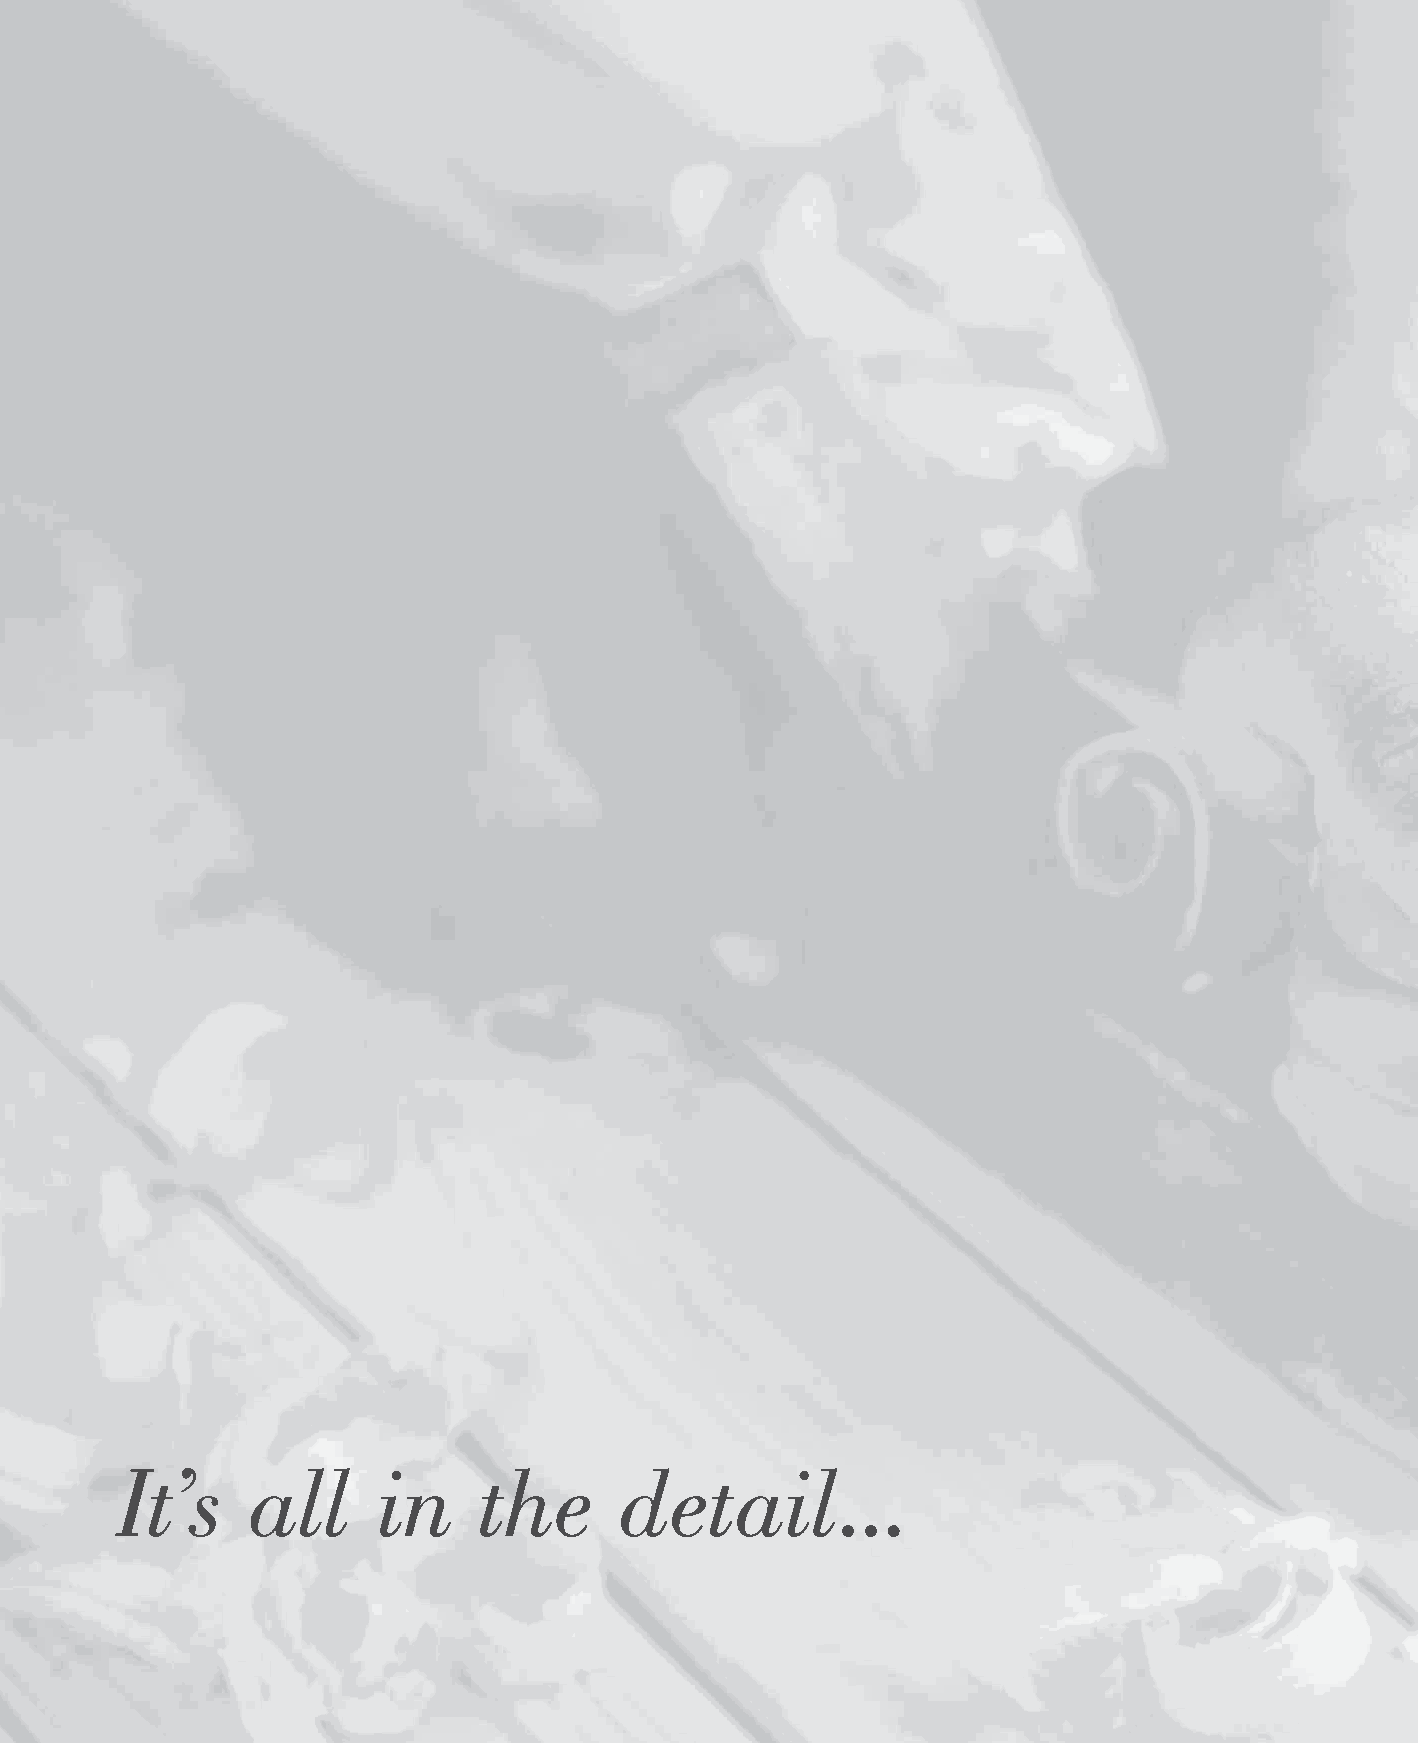
It’s     all     in     the      detail...